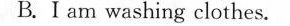
B Iamwashingclothes.